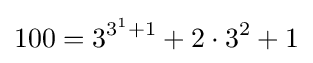
100=3^{3^{1}+1}+2\cdot 3^{2}+1